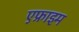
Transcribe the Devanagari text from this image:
एफ्राइम